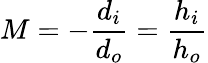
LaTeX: M=-{\frac{d_{i}}{d_{o}}}={\frac{h_{i}}{h_{o}}}